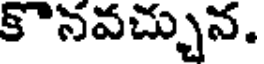
కొనవచ్చున.